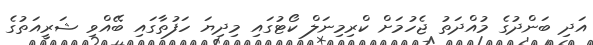
އަދި ބަންދުގެ މުއްދަތު ޖެހުމަށް ކްރިމިނަލް ކޯޓުގައި މިދިޔަ ހަފުތާގައި ބޭއްވި ޝަރީއަތުގެ